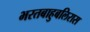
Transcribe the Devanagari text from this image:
भरतबाहुबलिरास